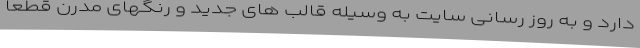
دارد و به روز رسانی سایت به وسیله قالب های جدید و رنگهای مدرن قطعا